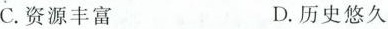
C.资源丰富 D.历史悠久